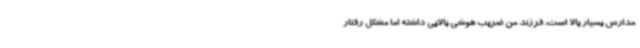
مدارس بسیار بالا است، فرزند من ضریب هوشی بالایی داشته اما مشکل رفتار